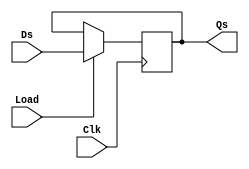
module Register2_3(input [31:0] Ds,input Clk, input Load, output reg [31:0] Qs);
    initial Qs <= 32'd0; 
    always @ (posedge Clk) begin//
    if(Load)
        Qs <= Ds;
        end
endmodule

module mux_2x1_5b2_3(output reg [4:0] exit,input sel ,input [4:0] in0, input [4:0] in1);
always @ (*)
begin
 case (sel)
  1'b0: exit <= in0;
  1'b1: exit <= in1;
 endcase
end
endmodule

module mux_2x1_4b2_3(output reg [3:0] exit,input sel ,input [3:0] in0, input [3:0] in1);

always @ (*)
begin
 case (sel)
  1'b0: exit <= in0;
  1'b1: exit <= in1;
 endcase
end
endmodule

module mux_4x1_4b2_3(output reg [3:0] exit,input [1:0] sel ,input [3:0] in0, input [3:0] in1, input [3:0] in2,input [3:0] in3);

always @ (*)
begin
 case (sel)
  2'b00: exit <= in0;
  2'b01: exit <= in1;
  2'b10: exit <= in2;
  2'b11: exit <= in3;
 endcase
end
endmodule

module MUX2x1_5bits2_3(input s0, input [4:0] in0, in1, output reg [4:0] out);

always @(*) begin
case(s0)
    1'b0: begin // viene del ALU
      out[4] <= 0; 
      out <= in0; 
    end
    1'b1: begin // viene del shifer
      out <= in1;
    end
endcase
end
endmodule

module PSR2_3(output reg N, Z, C, V, input Nin, Zin, Cin, Vin, Clk, Ld);
    initial N <= 1'b0;
    initial Z <= 1'b0;
    initial C <= 1'b0;
    initial V <= 1'b0;
    
    always @ (posedge Clk) begin
      if (Ld) begin
        N <= Nin;
        Z <= Zin;
        C <= Cin;
        V <= Vin;
      end
    end
  endmodule

module MUX4x1_32b_3(input s0, input s1, input [31:0] in0, input [31:0] in1, input [31:0] in2, input [31:0] in3, output reg [31:0] out);
//parameter [] select = {s1,s0};
always @ (*) begin
case({s1,s0})
    2'b00: begin
      out <= in0;
    end
    2'b01: begin
      out <= in1;
    end
    2'b10: begin
      out <= in2;
    end
    2'b11: begin
      out <= in3;
    end
endcase
end
endmodule

module mux_2x1_32b(output reg [31:0] exit, input sel, input [31:0] in0, input [31:0] in1);

always @ (*)
begin
 case (sel)
  1'b0: exit <= in0;
  1'b1: exit <= in1;
 endcase
end
endmodule